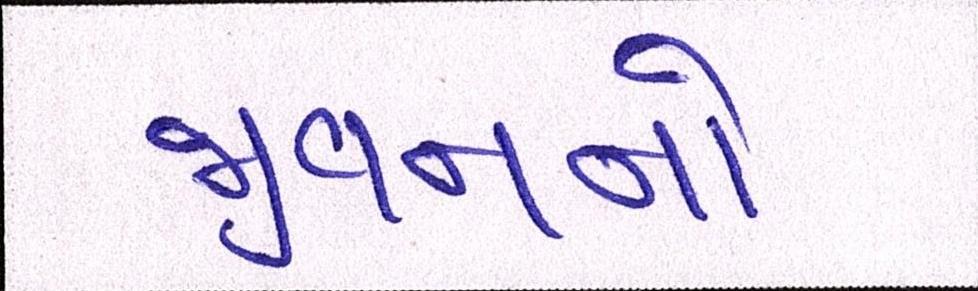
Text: જીવનનો